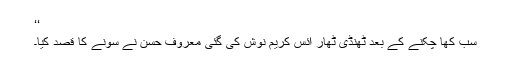
‘‘
سب کھا چکنے کے بعد ٹھنڈی ٹھار آئس کریم نوش کی گئی معروف حسن نے سونے کا قصد کیا۔